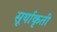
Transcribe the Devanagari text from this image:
सूर्याकृती